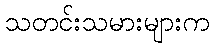
သတင်းသမားများက